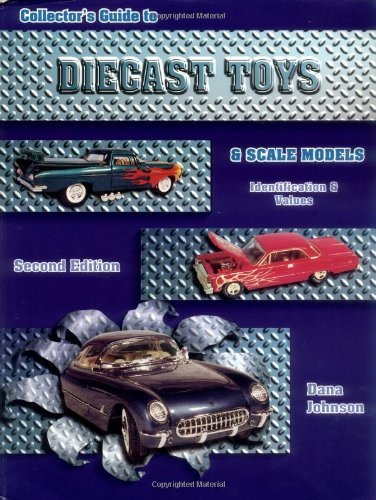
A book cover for Collectors Guide to Diecast Toys and Scale Models Paperback - April, 1998; Dana Johnson; Crafts, Hobbies & Home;